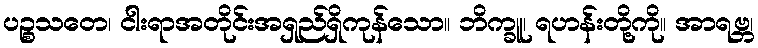
ပဉ္စသတေ၊ ငါးရာအတိုင်းအရှည်ရှိကုန်သော။ ဘိက္ခူ၊ ရဟန်းတို့ကို။ အာရဗ္ဘ၊